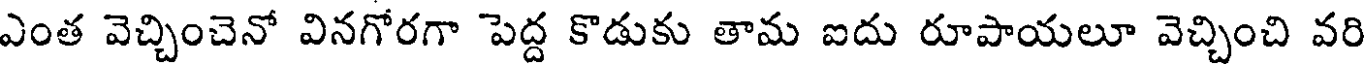
ఎంత వెచ్చించెనో వినగోరగా పెద్ద కొడుకు తామ ఐదు రూపాయలూ వెచ్చించి వరి